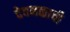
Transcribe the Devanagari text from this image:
देवनळाची